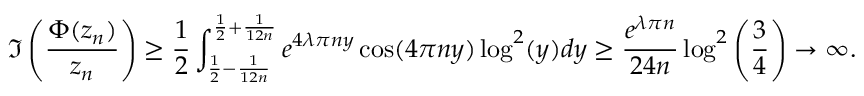
\Im \left( \frac { \Phi ( z _ { n } ) } { z _ { n } } \right) \ge \frac { 1 } { 2 } \int _ { \frac { 1 } { 2 } - \frac { 1 } { 1 2 n } } ^ { \frac { 1 } { 2 } + \frac { 1 } { 1 2 n } } e ^ { 4 \lambda \pi n y } \cos ( 4 \pi n y ) \log ^ { 2 } ( y ) d y \ge \frac { e ^ { \lambda \pi n } } { 2 4 n } \log ^ { 2 } \left( \frac { 3 } { 4 } \right) \to \infty .